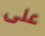
على